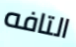
التافه